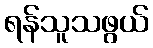
ရန်သူသဖွယ်